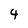
Character: 4